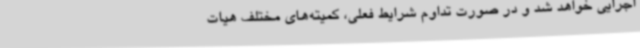
اجرایی خواهد شد و در صورت تداوم شرایط فعلی، کمیته‌های مختلف هیات